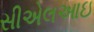
સીએલઆઇ